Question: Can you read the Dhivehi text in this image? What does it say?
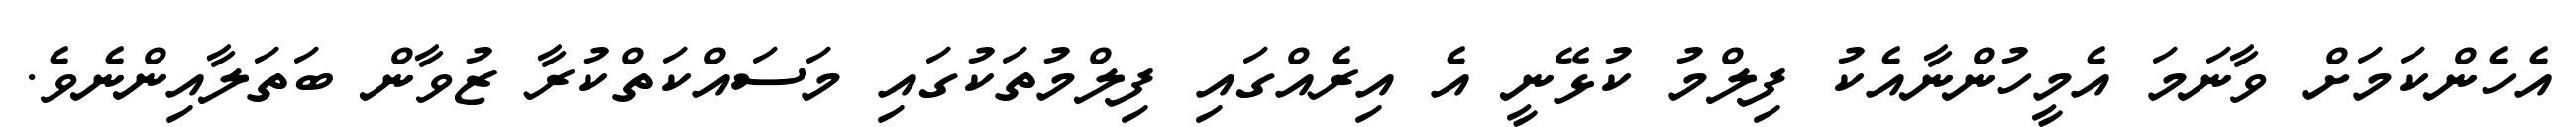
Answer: އެހެންކަމަށް ވާނަމަ އެމީހުންނާއެކު ފިލްމު ކުޅޭނީ އެ އިރެއްގައި ފިލްމުތަކުގައި މަސައްކަތްކުރާ ޒުވާން ބަތަލާއިންނެވެ.